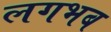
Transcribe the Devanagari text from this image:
लगभब